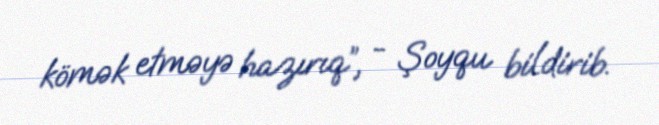
kömək etməyə hazırıq”, - Şoyqu bildirib.